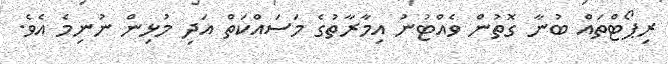
ރިޕޯޓްތައް ބުނާ ގޮތުން ވެއްޓުނު އިމާރާތުގެ މަސައްކަތް އަދި މުޅިން ނުނިމެ އެވެ.